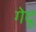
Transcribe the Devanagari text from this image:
गेदू